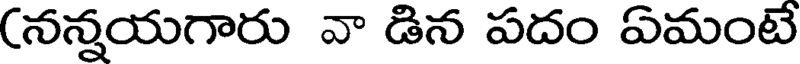
(నన్నయగారు వా డిన పదం ఏమంటే